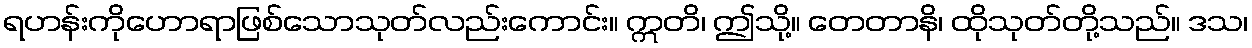
ရဟန်းကိုဟောရာဖြစ်သောသုတ်လည်းကောင်း။ ဣတိ၊ ဤသို့။ တေတာနိ၊ ထိုသုတ်တို့သည်။ ဒသ၊